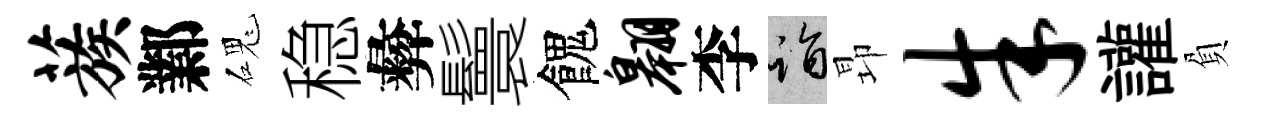
蔟鄴磈稳彜鬟餽翱李诣昻朱讙負